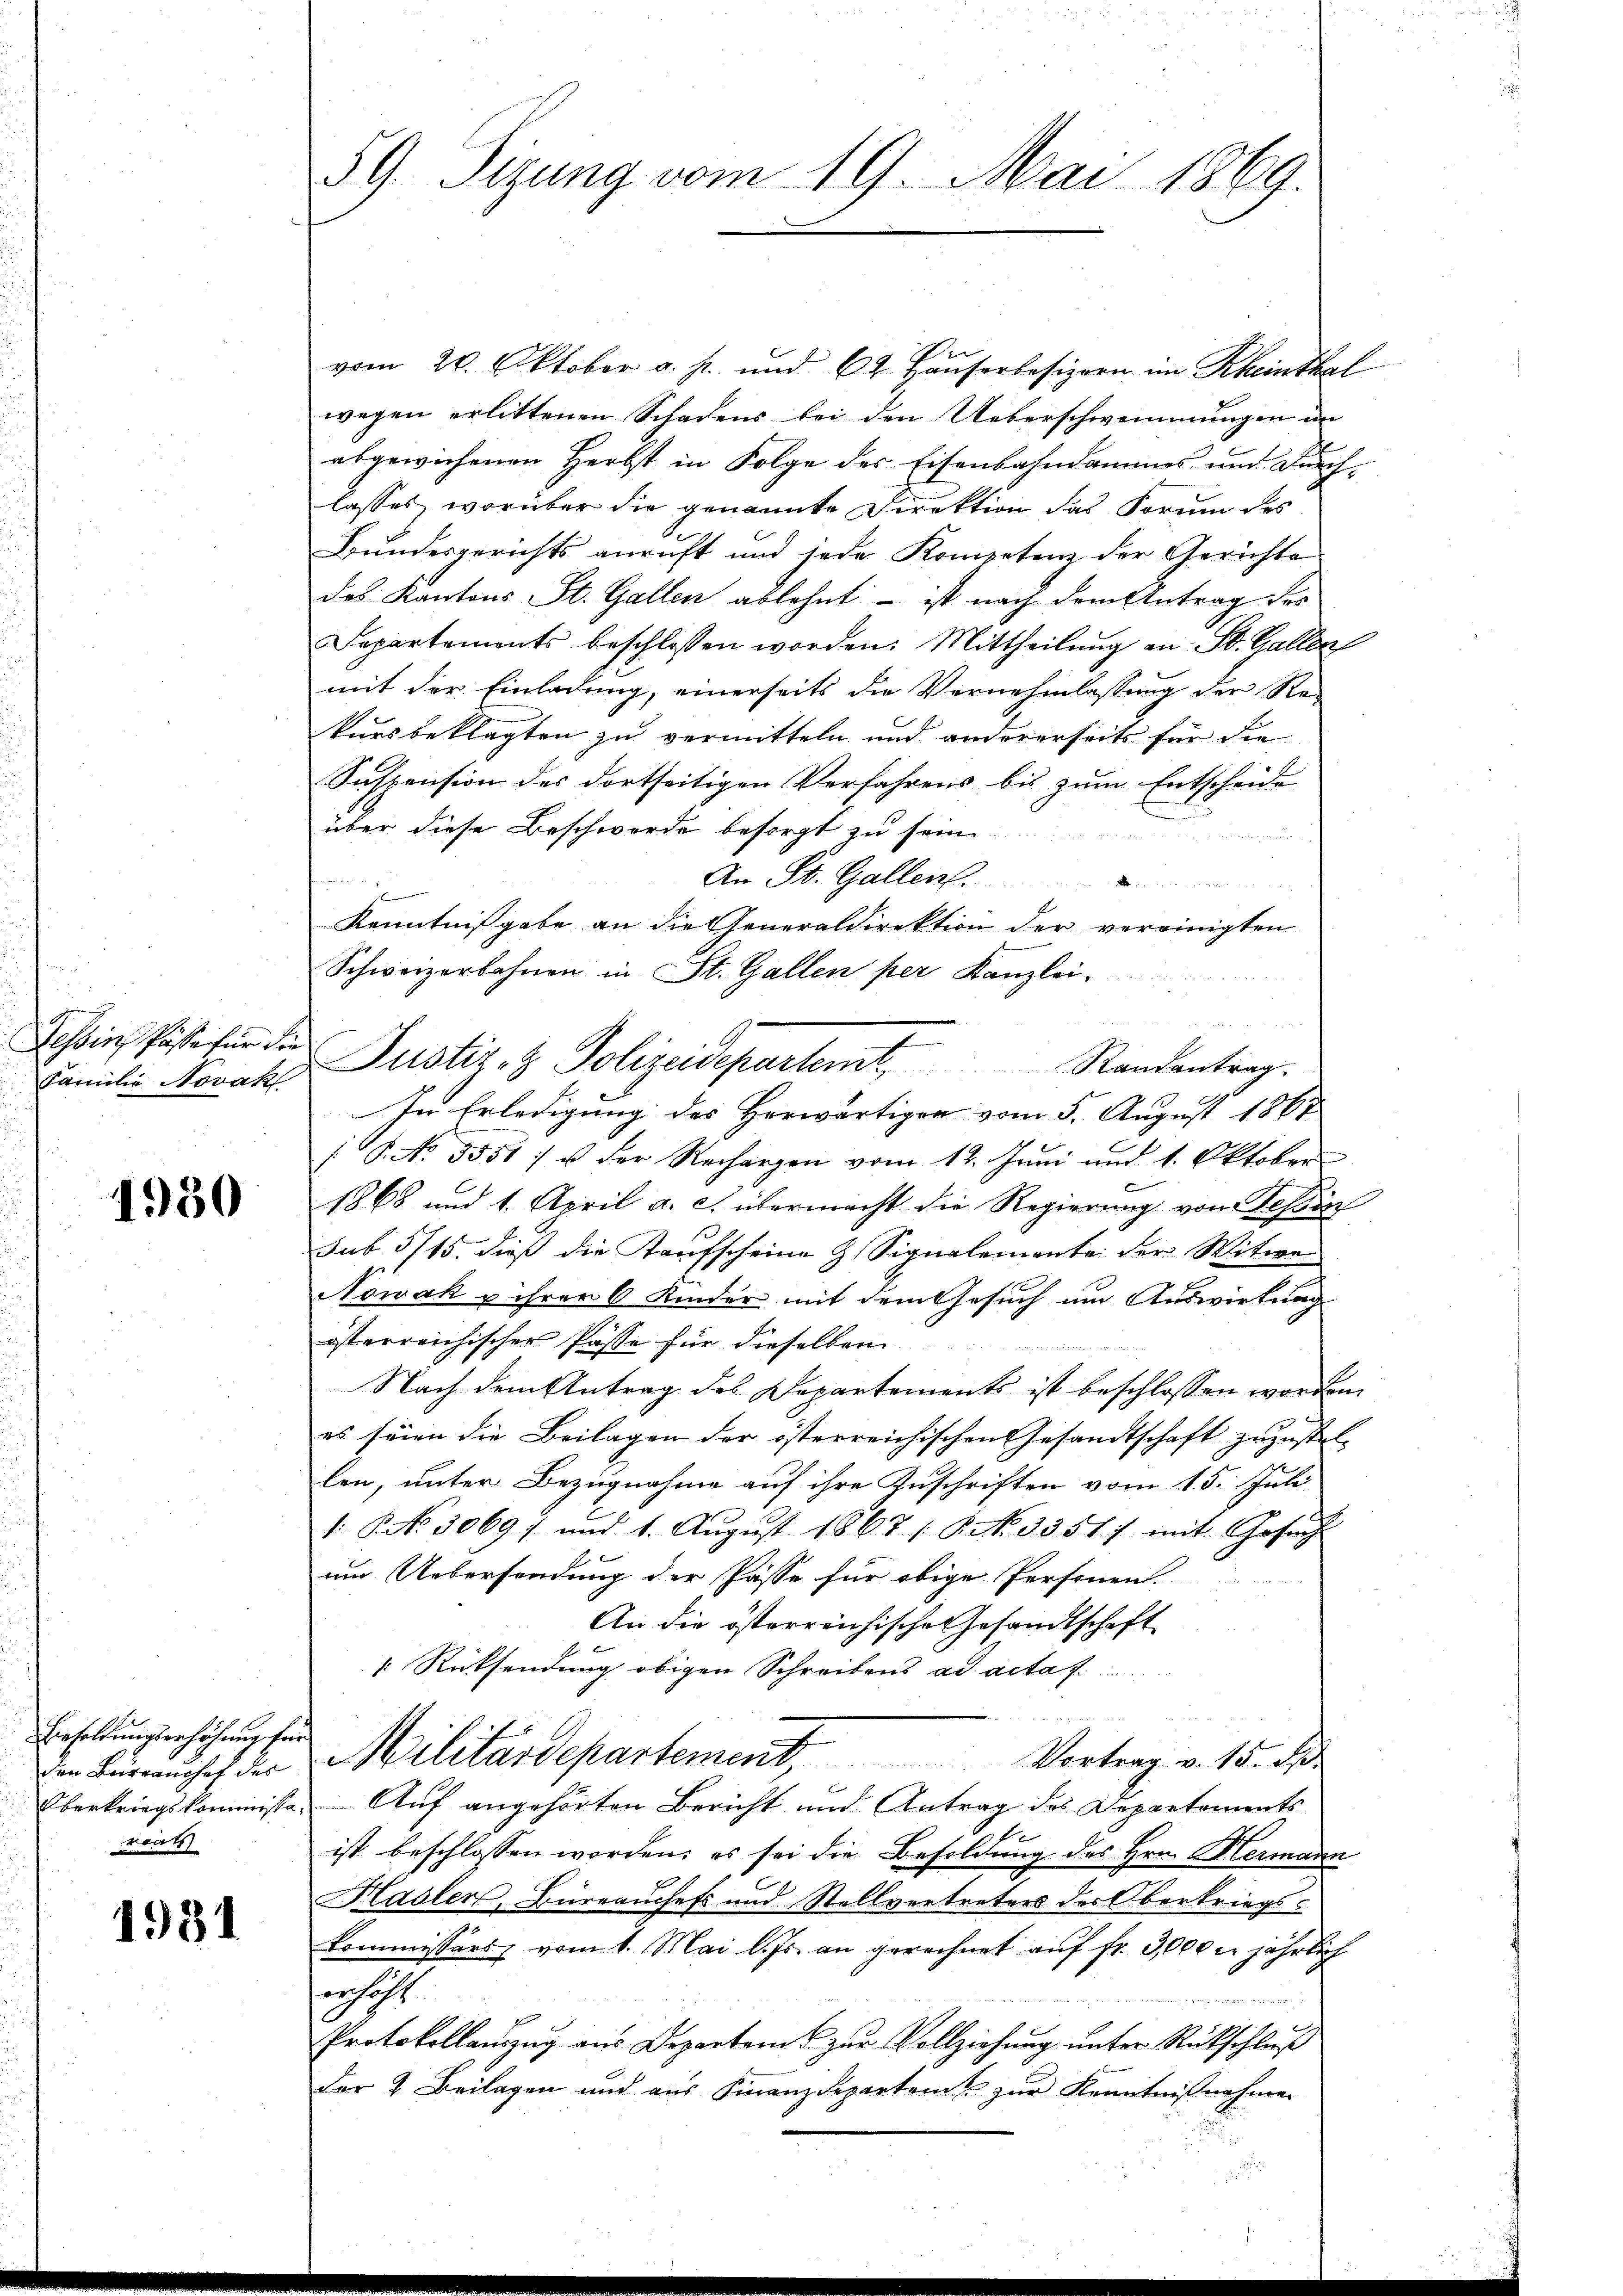
Tessin Passa für die
Familie Novak

1950

Besoldungserhöhung für
den Bürraushof des
roat

1931

59. Sizung vom 19. Mai 1869.

vom 20. Oktober a. p. und 62. Häuserbesizern im Rheinthal
wegen erlittenen Schadens bei den Ueberschwimmungen in
abgewichenen Herbst in Folge des Eisenbahndammes und Durchlasses, worüber die genannte Direktion das Forum des
Bundesgerichts anruft und jede Kompetenz der Gerichte
das Kantons St. Gallen ablehnt – ist nach dem Antrag des
Departements beschlossen worden: Mittheilŭng an St. Galler
mit der Einladung, einerseits die Vernehmlassung der Re
kursbeklagten zu vermitteln und andererseits für die
Suspension des dortseitigen Verfahrens bis zum Entscheide
über diese Beschwerde besorgt zu sein.
An St. Gallen.
d
Kenntnißgabe an die Generaldirektion der vereinigten
Schweizerbahnen in St. Gallen per Kanzlei-
3
In Erledigung des Herwärtigen vom 5. August 1867
C
 P. No 3851) u. der Rechargen vom 12. Juni und 1. Oktober
1868 und 1. April a. c. übermacht die Regierung von Gesan
sub 5/15. dieß die Kaufscheine & Signalemente der Witwe
Nowak u ihrer 6 Kinder mit dem Gesuch um Auswirkung
österreichischer Pässe für dieselben
Nach dem Antrag des Departements ist beschlossen worden
es seien die Beilagen der österreichischen Gesandtschaft zuzustel- |
len, unter Bezugnahme auf ihre Zuschriften vom 15. Juli
1: P. No. 3069 :/ und 1. Aŭgŭst 1867 / P NNo. 3351. / mit Gesucht
um Uebersendung der Pässe für obige Personen.
An die österreichische Gesandtschaft
 Rücksendung obigen Schreibens ad acta f
Militärdepartement Vortrag v. 15. de
Oberkriegskommissa. Auf angehörten Bericht und Antrag des Departements
ist beschlossen worden; es sei die Besoldung des Hrn. Hermann
Hasler, Büreauchefs und Stellvertreters der Oberkriegskommissärs vom 1. Mai l. Js. an gerechnet auf fr. 3000 l. jährlich
enhaft
Protokollanzŭg ans Departam u zŭr Vollziehŭng ŭnter Rückschlŭβ
der 2. Beilagen und aus Finanzdeparten zur Kenntnißnahmen

Justiz- & Polizeidepartent Randantrag.